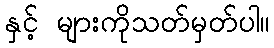
နှင့် များကိုသတ်မှတ်ပါ။